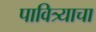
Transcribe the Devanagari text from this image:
पावित्र्याचा